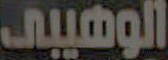
الوهيبى